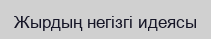
Жырдың негізгі идеясы